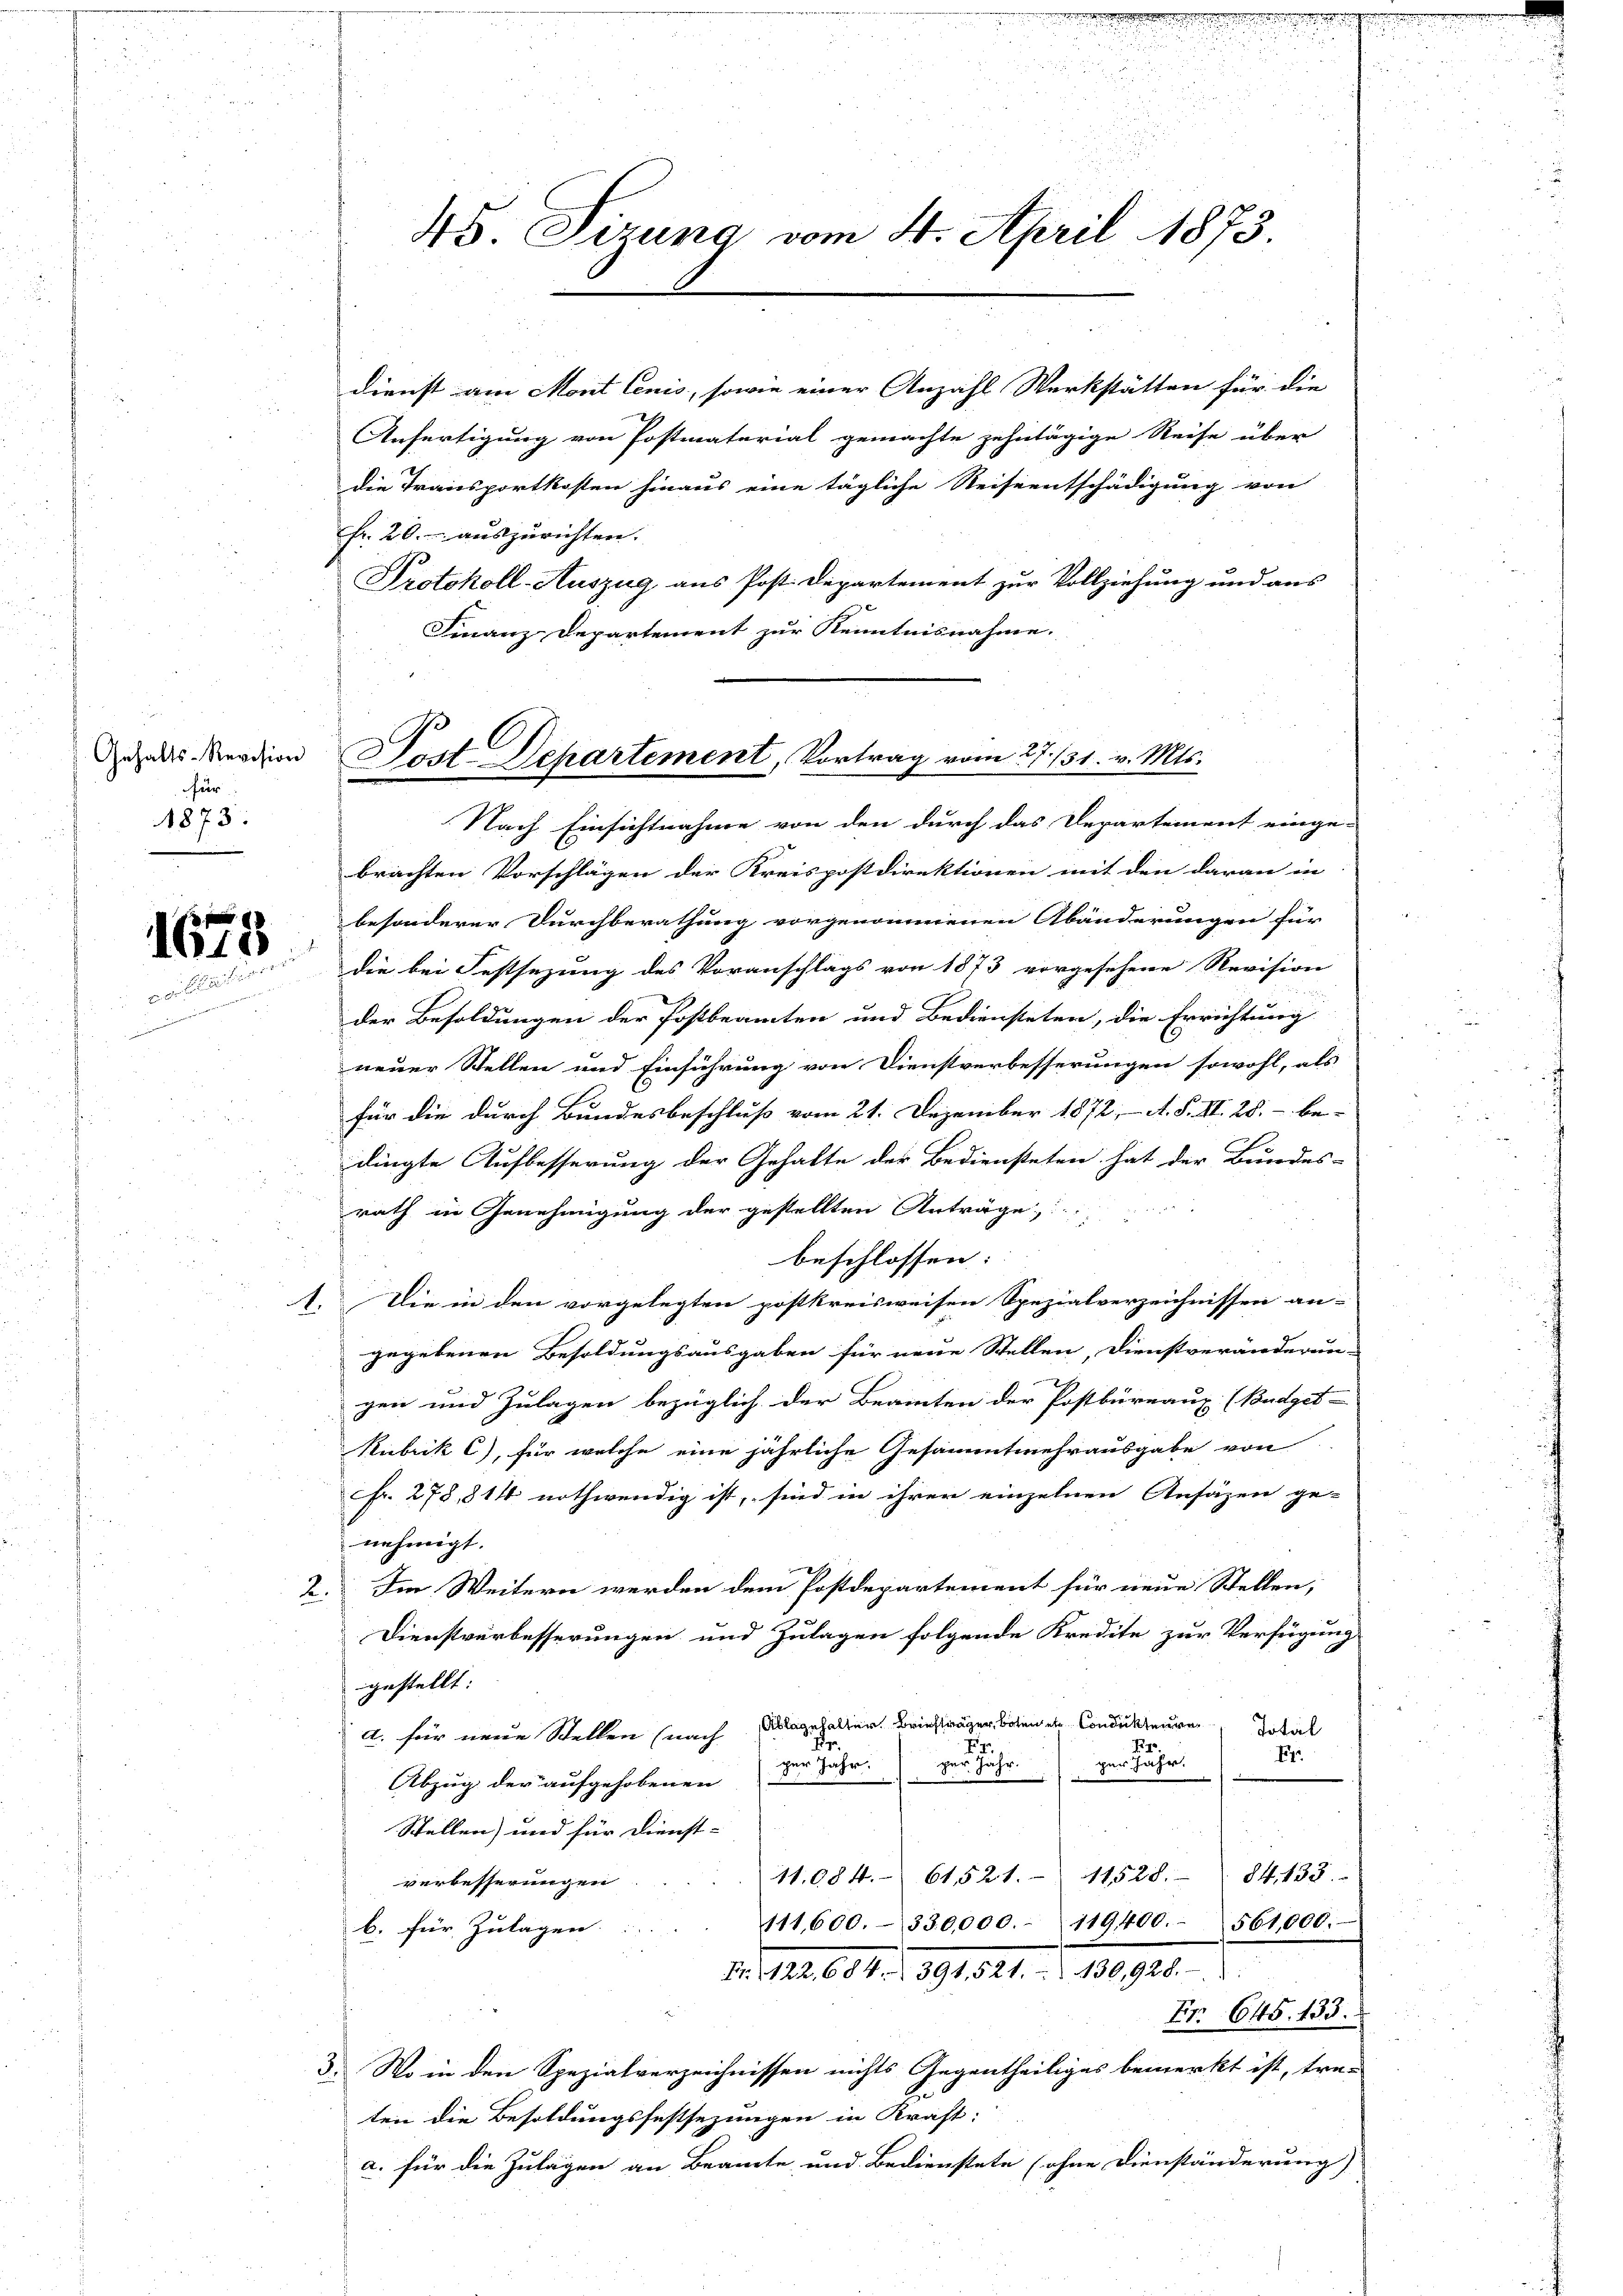
Gehalts-Revision
für
1873.

1673

45 Sirung vom 4. April 1873.

Dienst am Mont lenis, sowie einer Anzahl Werkstätten für die
Anfertigung von Postmaterial gemachte zehntägige Reise über
die Transportkosten hinaus eine tägliche Reiseentschädigung von
Fr. 20. auszurichten.
Protokoll-Auszug aus Post. Departement zur Vollziehung und aus
Finanz-Departement zur Kenntnisnahme.

Post Departement, Vortrag vom 27. 131. v. Mts.

Nach Einsichtnahme von den durch das Departement einge-
brachten Vorschlägen der Kreispostdirektionen mit den daran in |
besonderer Durchberathung vorgenommenen Abänderungen für
die bei Festsezung des Voranschlags von 1873 vorgesehene Revision
der Besoldungen der Postbeamten und Bediensteten, die Errichtung
neuer Stellen und Einführung von Dienstverbesserungen sowohl, als
für die durch Bundesbeschluß vom 21. Dezember 1872, A. S. II. 28. - be-
dingte Aufbesserung der Gehalte der Bediensteten hat der Bundes-
rath in Genehmigung der gestellten Anträge,
beschlossen:
1. Die in den vorgelegten postkreisweisen Spezialverzeichnissen an-
gegebenen Besoldungsausgaben für neue Stellen, Dienstveränderun-
gen und Zulagen bezüglich der Beamten der Postbüreaux (Budget-
Kubrik C), für welche eine jährliche Gesammtmehrausgabe von
Fr. 278, 814 nothwendig ist, sind in ihrer einzelnen Ansäzen ge-
nehmigt.
2. Im Weitern werden dem Postdepartement für neue Stellen,
Dienstverbesserungen und Zulagen folgende Kredite zur Verfügung
gestellt:
Ablagehalter Briefträger botenen Condukteure
Total
a. für neue Stellen (nach
1
E
.
E
per Jahr. per Jahr per Jahr.
Abzug der aufgehobenen
Stellen, und für Dienst-
11528. 84. 133.
11.084. 61521.
verbesserungen
111,600. 330,000.- 119400. 561,000.
b. für Zulagen.
Fr. 122. 684. 391, 521. 130,928.
Fr. 645. 133.
3. Wo in den Spezialverzeichnissen nichts Gegentheiliges bemerkt ist, tre-
ten die Besoldungsfestsezungen in Kraft:
a. für die Zulagen an Beamte und Bedienstete (ohne Dienständerung)